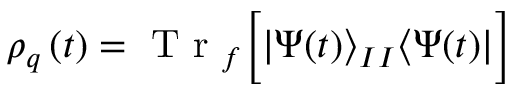
\rho _ { q } \left( t \right) = \mathrm { ~ T ~ r ~ } _ { f } \Big [ | \Psi ( t ) \rangle _ { I } { } _ { I } \langle \Psi ( t ) | \Big ]